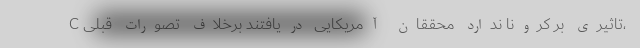
C تاثیری بر کرونا ندارد محققان آمریکایی دریافتند برخلاف تصورات قبلی،